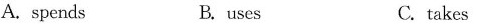
A. spends B. uses C. takes D.pays